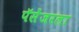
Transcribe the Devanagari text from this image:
पॅसेंजरला